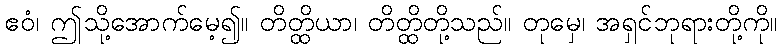
ဧဝံ၊ ဤသို့အောက်မေ့၍။ တိတ္ထိယာ၊ တိတ္ထိတို့သည်။ တုမှေ၊ အရှင်ဘုရားတို့ကို။